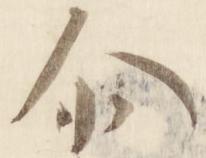
璽